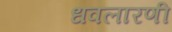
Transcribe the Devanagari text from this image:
धवलारणी